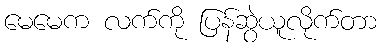
မေမေက လက်ကို ပြန်ဆွဲယူလိုက်တာ